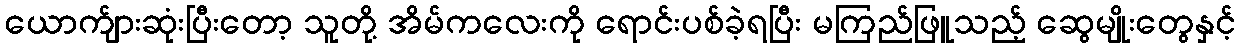
ယောက်ျားဆုံးပြီးတော့ သူတို့ အိမ်ကလေးကို ရောင်းပစ်ခဲ့ရပြီး မကြည်ဖြူသည့် ဆွေမျိုးတွေနှင့်